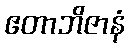
ဧတာဘိဇာနံ